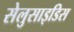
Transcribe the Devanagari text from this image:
सेलुसाइडिस